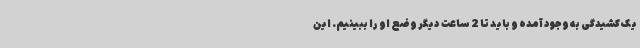
یک کشیدگی به وجود آمده و باید تا 2 ساعت دیگر وضع او را ببینیم. این